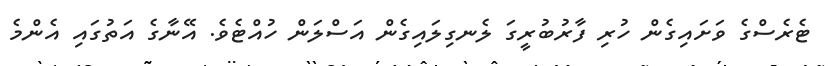
ޓެރެސްގެ ވަށައިގެން ހުރި ފާރުބުރީގަ ލެނގިލައިގެން އަސްލަން ހުއްޓެވެ. އޭނާގެ އަތުގައި އެންމެ